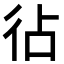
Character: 𢓕